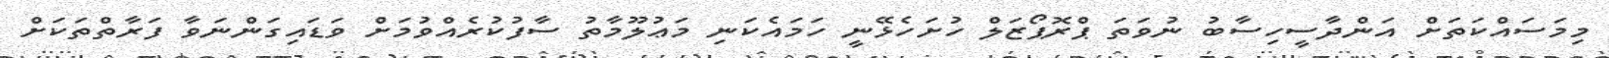
މިމަސައްކަތަށް އަންދާސީހިސާބު ނުވަތަ ޕްރޮޕޯޒަލް ހުށަހެޅޭނީ ހަމައެކަނި މަޢުލޫމާތު ސާފުކުރެއްވުމަށް ވަޑައިގަންނަވާ ފަރާތްތަކަށް